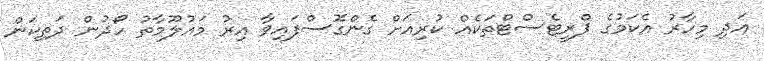
އަދި މިހާރު އެކަމުގެ ޕްރީޓެސްޓްތަކެއް ކުރިއަށް ގެންގޮސްފައިވާ އިރު މައުލޫމާތު ހޯދުން ދަތިކަން